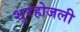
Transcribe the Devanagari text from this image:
शुरहोजली